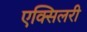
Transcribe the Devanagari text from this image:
एक्सिलरी